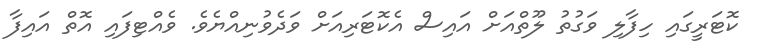
ކޮޓަރީގައި ހިފާލި ވަގުތު ލޫތްއަށް އައިސް އެކޮޓަރިއަށް ވަދެވުނިއްޔެވެ. ވެއްޓިފައި އޮތް އައިފާ